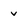
Character: v